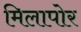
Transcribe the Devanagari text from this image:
मिलापोर